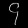
Digit: ၄